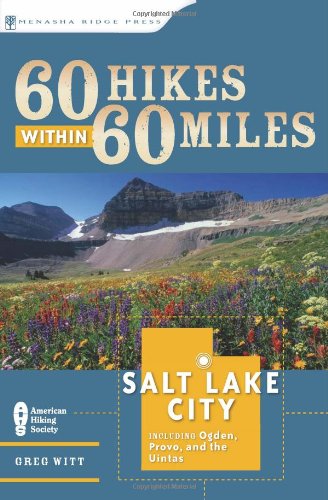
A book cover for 60 Hikes Within 60 Miles: Salt Lake City: Including Ogden, Provo, and the Uintas; Greg Witt; Travel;